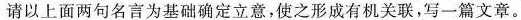
请以上面两句名言为基础确定立意，使之形成有机关联，写一篇文章。